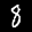
Label: 8